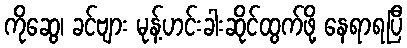
ကိုဆွေ၊ ခင်ဗျား မုန့်ဟင်းခါးဆိုင်ထွက်ဖို့ နေရာရပြီ